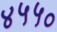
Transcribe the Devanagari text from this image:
४५५०